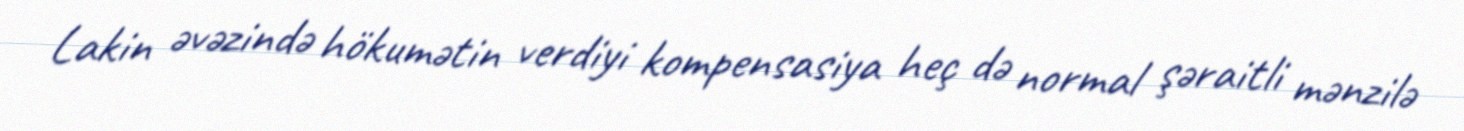
Lakin əvəzində hökumətin verdiyi kompensasiya heç də normal şəraitli mənzilə